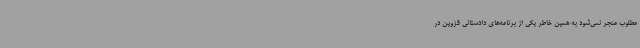
مطلوب منجر نمی‌شود به همین خاطر یکی از برنامه‌های دادستانی قزوین در